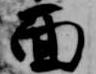
面